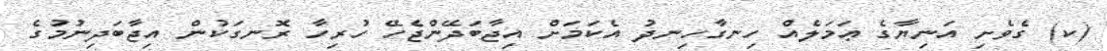
(ކ) ގެވެށި އަނިޔާގެ ޢަމަލެއް ހިނގާހިނދު އެކަމަށް އިޖާބަދޭންޖެހޭ ހުރިހާ ރޮނގަކުން އިޖާބަދިނުމުގެ